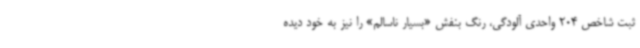
ثبت شاخص 204 واحدی آلودگی، رنگ بنفش «بسیار ناسالم» را نیز به خود دیده